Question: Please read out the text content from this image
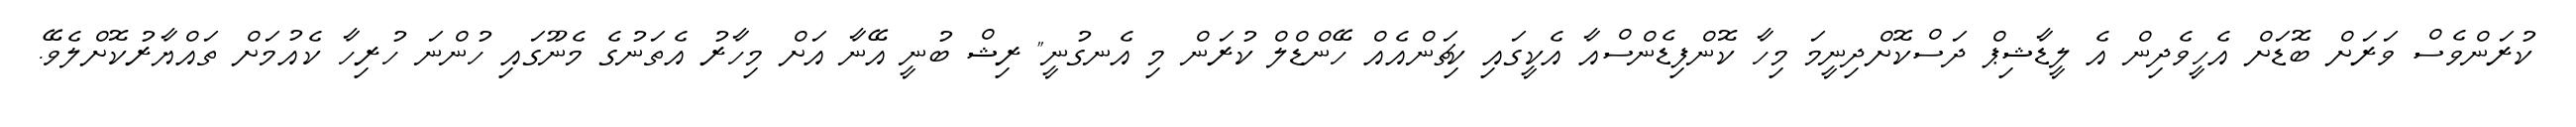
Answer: ކުރަންވެސް ވަރަށް ބޮޑަށް އެހީވެދިން އެ ލީޑާޝިޕް ދަސްކޮށްދިނީމަ މިހާ ކޮންފިޑެންސްއާ އެކީގައި ކިޗަންއެއް ހޭންޑްލް ކުރަން މި އެނގުނީ" ރިޝް ބުނީ އޭނާ އަށް މިހާރު އެތަނުގެ މެނޫގައި ހުންނަ ހުރިހާ ކެއުމަށް ތައްޔާރުކޮށްލެވޭ.